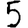
Digit: 5